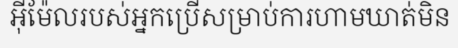
អ៊ីម៉ែលរបស់អ្នកប្រើសម្រាប់ការហាមឃាត់មិន